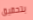
بتحقيق